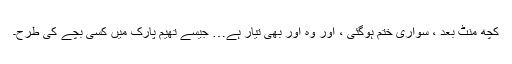
کچھ منٹ بعد ، سواری ختم ہوگئی ، اور وہ اور بھی تیار ہے… جیسے تھیم پارک میں کسی بچے کی طرح۔